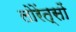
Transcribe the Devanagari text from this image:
लोरेंत्सों